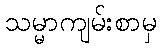
သမ္မာကျမ်းစာမှ